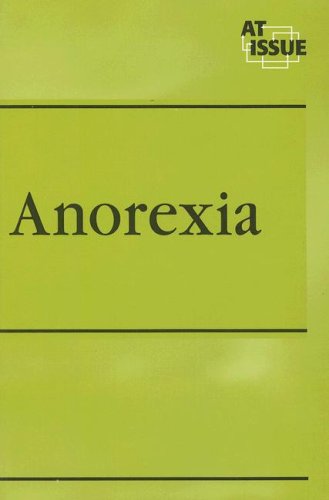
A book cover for Anorexia (At Issue Series); Karen F. Balkin; Health, Fitness & Dieting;